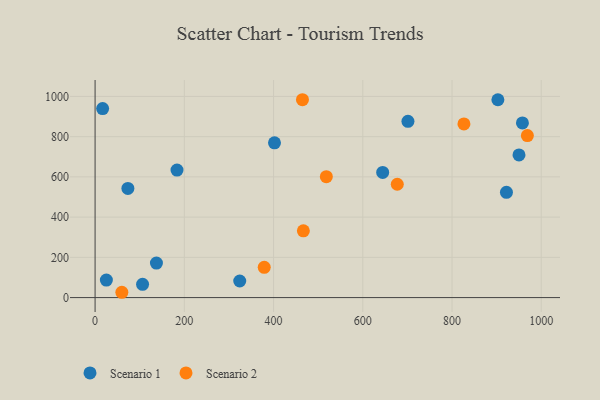
{"axis": {"x": "Experience", "y": "Demand"}, "legend": ["Scenario 1", "Scenario 2"], "data": [{"x": "324.2", "y": 82.5, "type": "Scenario 1"}, {"x": "402.1", "y": 769.3, "type": "Scenario 1"}, {"x": "902.8", "y": 983.4, "type": "Scenario 1"}, {"x": "644.6", "y": 622.0, "type": "Scenario 1"}, {"x": "25.3", "y": 86.9, "type": "Scenario 1"}, {"x": "183.6", "y": 634.1, "type": "Scenario 1"}, {"x": "701.2", "y": 876.0, "type": "Scenario 1"}, {"x": "16.9", "y": 939.6, "type": "Scenario 1"}, {"x": "106.4", "y": 66.0, "type": "Scenario 1"}, {"x": "957.8", "y": 868.5, "type": "Scenario 1"}, {"x": "137.5", "y": 171.8, "type": "Scenario 1"}, {"x": "950.1", "y": 709.3, "type": "Scenario 1"}, {"x": "73.5", "y": 542.8, "type": "Scenario 1"}, {"x": "922.0", "y": 523.3, "type": "Scenario 1"}, {"x": "518.3", "y": 601.0, "type": "Scenario 2"}, {"x": "677.3", "y": 563.4, "type": "Scenario 2"}, {"x": "826.7", "y": 863.1, "type": "Scenario 2"}, {"x": "60.0", "y": 26.4, "type": "Scenario 2"}, {"x": "466.8", "y": 331.8, "type": "Scenario 2"}, {"x": "379.1", "y": 150.5, "type": "Scenario 2"}, {"x": "464.8", "y": 983.6, "type": "Scenario 2"}, {"x": "968.9", "y": 805.5, "type": "Scenario 2"}]}